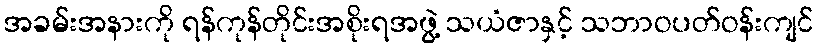
အခမ်းအနားကို ရန်ကုန်တိုင်းအစိုးရအဖွဲ့ သယံဇာနှင့် သဘာဝပတ်ဝန်းကျင်